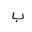
Letter: _ba